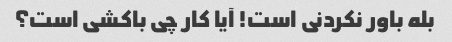
بله باور نکردنی است! آیا کار چی باکشی است؟